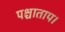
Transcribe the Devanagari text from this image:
पश्चाताप।